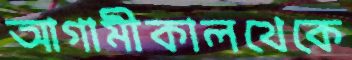
আগামীকালথেকে